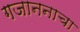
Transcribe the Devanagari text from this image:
गजाननाचा